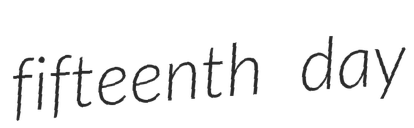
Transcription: fifteenth day